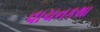
વાચનકથા